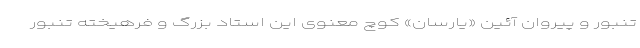
تنبور و پیروان آئین «یارسان» کوچ معنوی این استاد بزرگ و فرهیخته تنبور